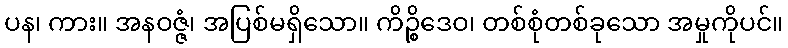
ပန၊ ကား။ အနဝဇ္ဇံ၊ အပြစ်မရှိသော။ ကိဉ္စိဒေဝ၊ တစ်စုံတစ်ခုသော အမှုကိုပင်။